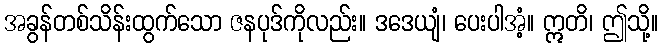
အခွန်တစ်သိန်းထွက်သော ဇနပုဒ်ကိုလည်း။ ဒဒေယျံ၊ ပေးပါအံ့။ ဣတိ၊ ဤသို့။